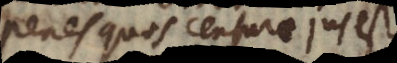
penes quos censurae jus est.